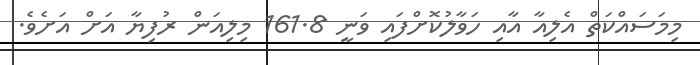
މިމަސައްކަތް އެލިއާ އާއި ހަވާލުކޮށްފައި ވަނީ 161.8 މިލިއަން ރުފިޔާ އަށް އަށެވެ.